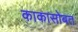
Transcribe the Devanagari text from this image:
काकासोबत